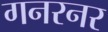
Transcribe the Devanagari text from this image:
गनरनर